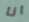
انا